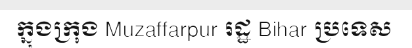
ក្នុងក្រុង Muzaffarpur រដ្ឋ Bihar ប្រទេស